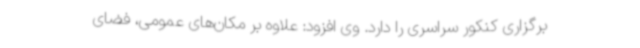
برگزاری کنکور سراسری را دارد. وی افزود: علاوه بر مکان‌های عمومی، فضای